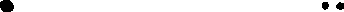
• • •